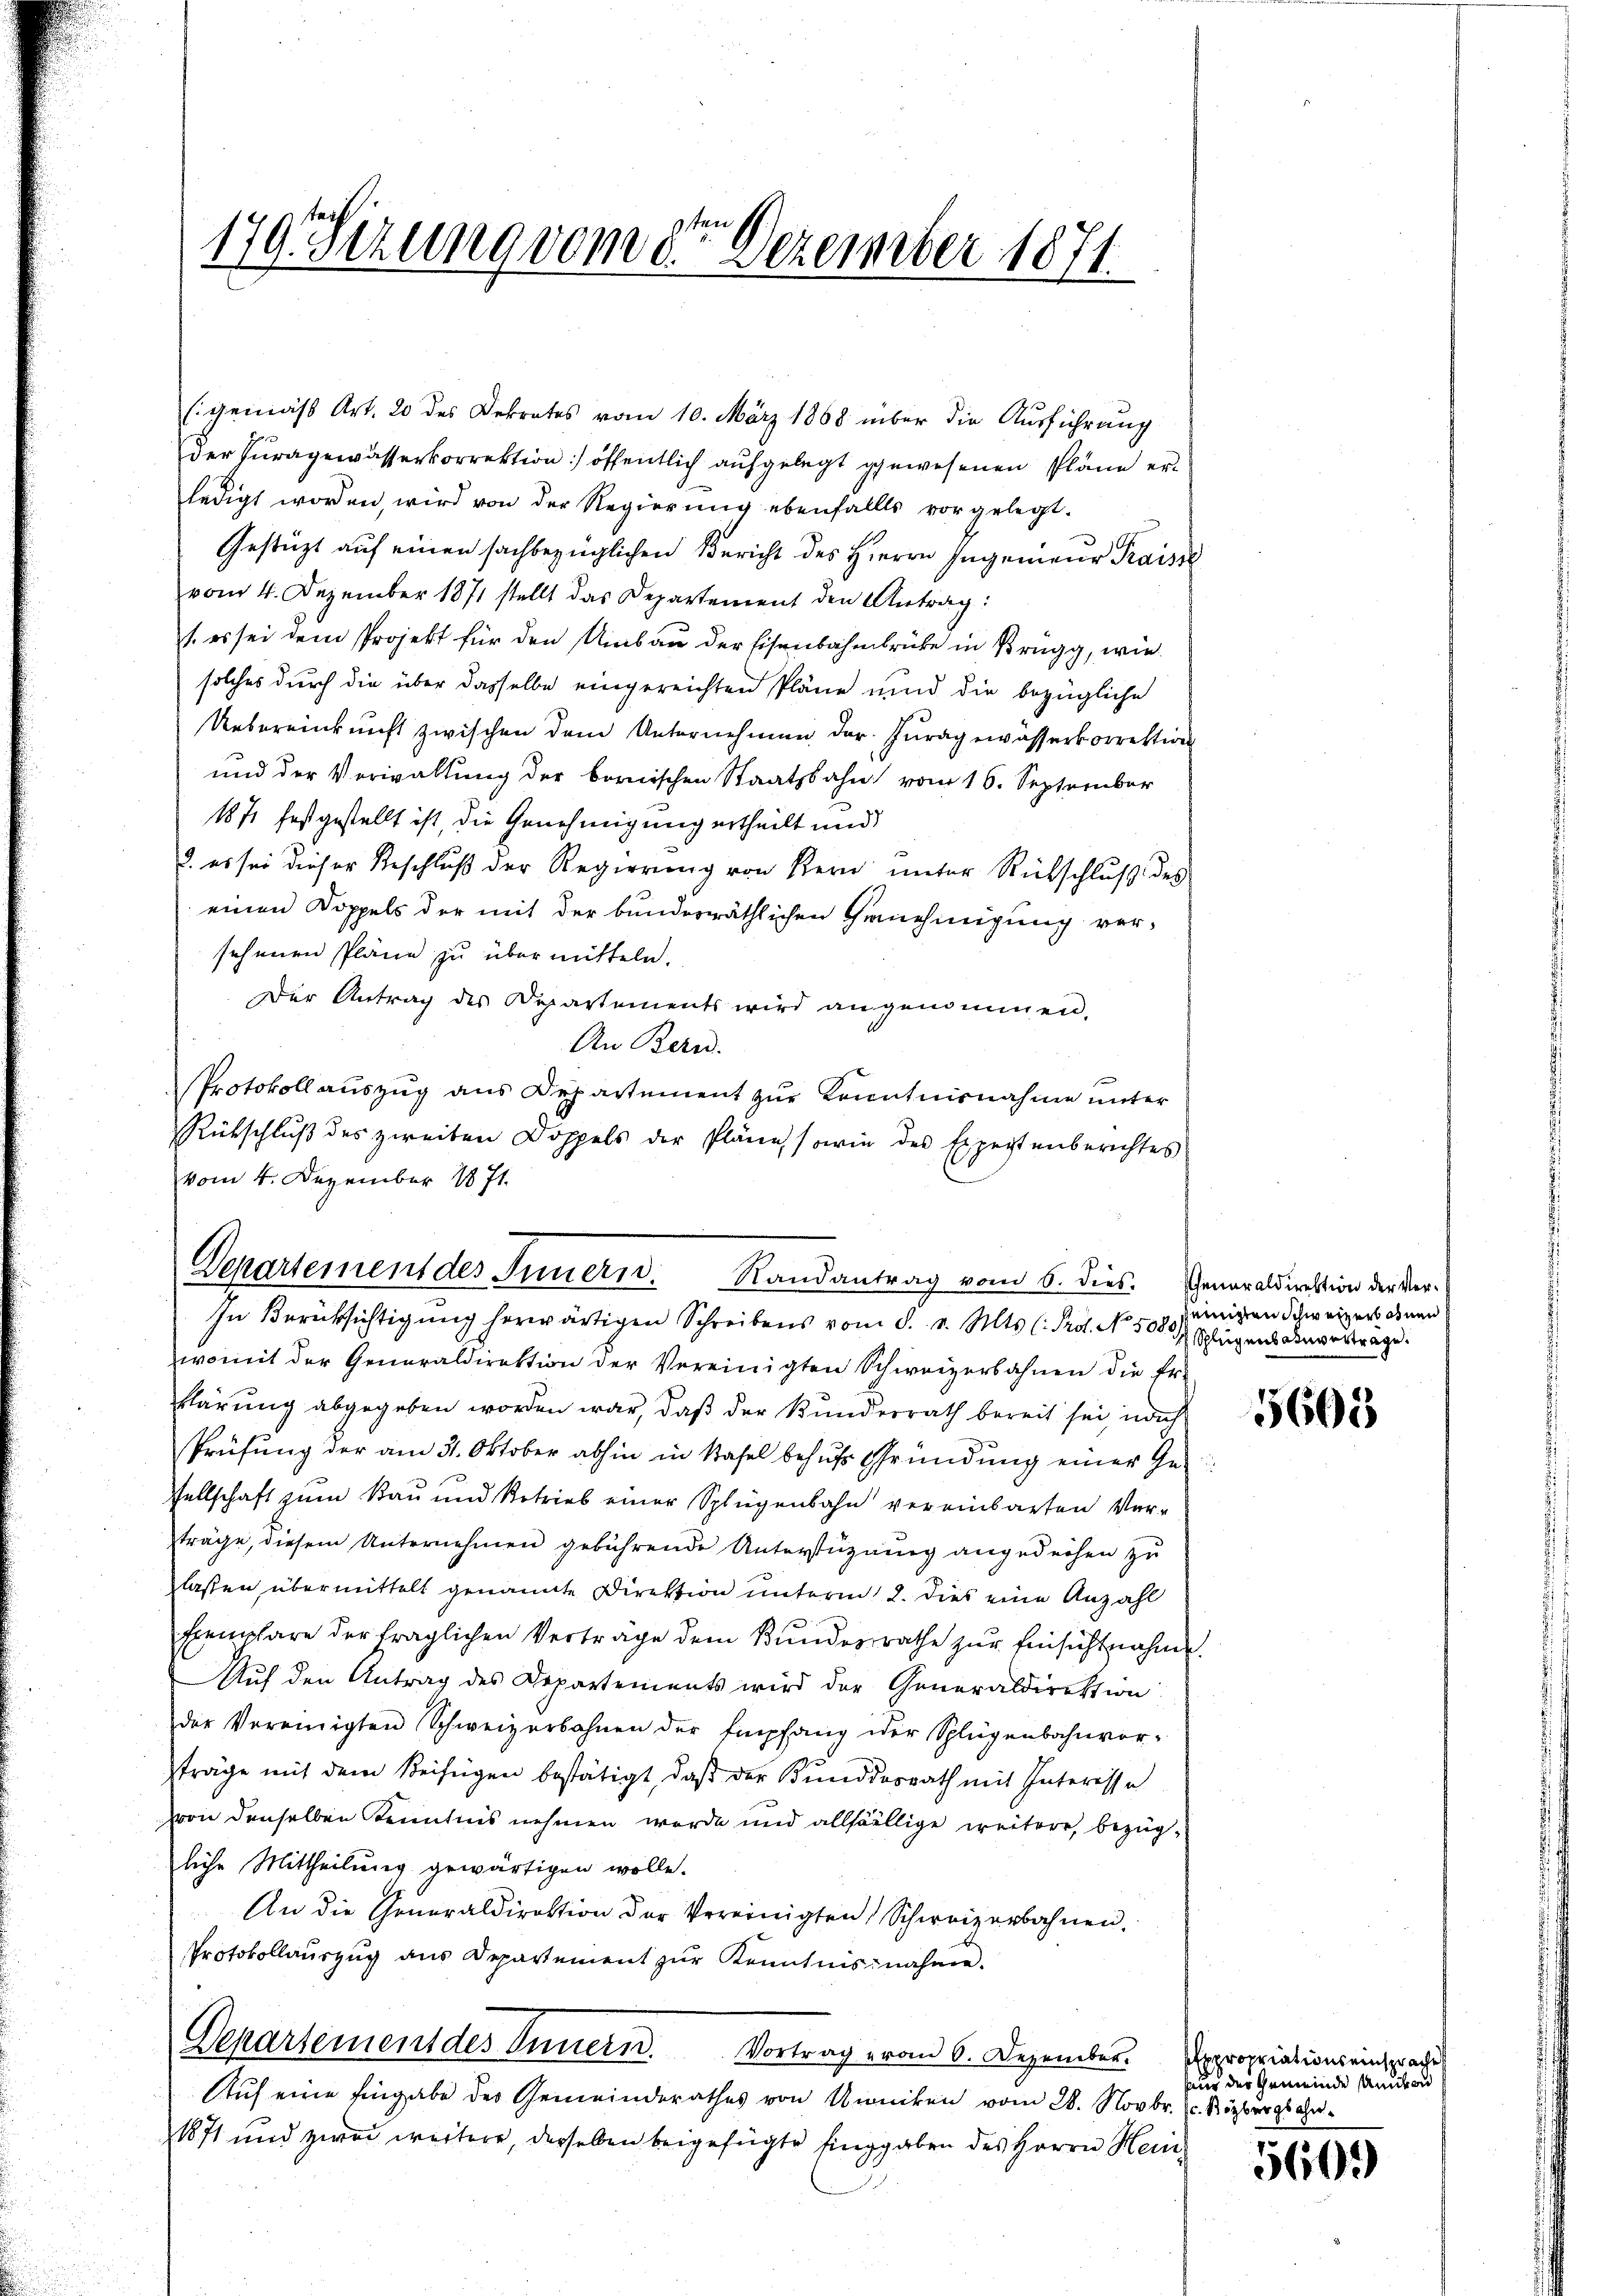
sten
179 Sezung vom 30. Dezember 1871

(gemäß Art. 20 des Dekretes vom 10. März 1868 über die Ausführung
der Juragewässerkorrektion) öffentlich aufgelegt gewesenen Pläne erledigt worden, wird von der Regierŭng ebenfalls vorgelegt.
Gestützt auf einen sachbezüglichen Bericht des Herrn Ingenieur Fraiss
vom 4. Dezember 1871 stellt das Departement den Antrag:
1. es sei dem Projekt für den Umbau der Eisenbahnbrücke in Brugg, wie
solches durch die über dasselbe eingereichten Pläne und die bezügliche
Uebereinkunft zwischen dem Unternehmen der Juragewässerkorrektion
und der Verwaltung der berischen Staatsbahn vom 16. September
1871 festgestellt ist, die Genehmigung ertheilt und
3. es sei dieser Beschlŭβ der Regierŭng von Kern ŭnter Rückschlŭβ des
einen Doppels der mit der bundesräthlichen Genehmigung ver-
sehenen Pläne zu übermitteln.
Der Antrag des Departements wird angenommen.
An Bern.
Protokoll auszug aus Departement zur Kenntnisnahme unter
Rütschlŭβ des zweiten Doppels der Pläne sowie des Expertenberichtes
vom 4. Dezember 1871.

Departement des Innern. Randantrag vom 6. dies
In Berücksichtigung herwärtigen Schreibens vom 8. v. Mts. (Pro. No. 5080,

womit der Generaldirektion der Vereinigten Schweizerbahnen die Er-
klärung abgegeben worden war, daß der Bundesrath bereit sei, nach
Prüfung der am 31. Oktober abhin in Basel behufs Gründung einer Ge
sellschaft zum Bau und Retrieb einer Splügenbahn vereinbarten Verträge, diesem Unternehmen gebührende Unterstüzung angedeihen zu
lassen übermittelt genannte Direktion unterm 2. Dies eine Anzahl
Exemplare der fraglichen Verträge dem Bundesrathe zur Einsichtnahme.
Auf den Antrag des Departements wird der Generaldirektion
der Vereinigten Schweizerbahnen der Empfang der Splügenbahnvor-
träge mit dem Beifügen bestätigt, daß der Bunddesrath mit Interesse
von denselben Kenntnis nehmen werde und allfällige weitere, bezügliche Mittheilung gewärtigen wolle.
An die Generaldirektion der Vereinigten Schweizerbahnen.
Protokollauszug aus Departement zur Kenntnisnahme.
Departement des Innern. Vortrag eron 6. Dezember. Expropriations einsprache
Auf eine Eingabe der Gemeinderathes von Uniken vom 28. Novbr. l. Nizburgs ge¬
1871 und zwei weitere, derselben beigefügte Eingaben des Herrn Hein¬

Generaldirektion der Vereinigen Schweizerbahnen
Schlugensaunverträge.

5601

haus der Gemeinde Andron

5609